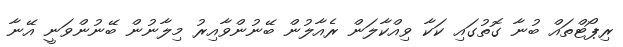
ރިޕޯޓްތައް ބުނާ ގޮތުގައި ކަކާ ވިއްކާލަން ރެއާލުން ބޭނުންވާއިރު މިލާނުން ބޭނުންވަނީ އޭނާ